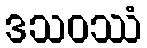
ဒသဝဿံ